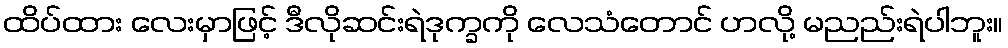
ထိပ်ထား လေးမှာဖြင့် ဒီလိုဆင်းရဲဒုက္ခကို လေသံတောင် ဟလို့ မညည်းရဲပါဘူး။